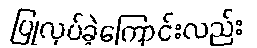
ပြုလုပ်ခဲ့ကြောင်းလည်း